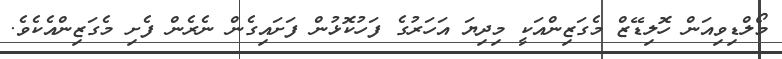
މޯލްޑިވިއަން ހޮލިޑޭޒް މެގަޒިންއަކީ މިދިޔަ އަހަރުގެ ފަހުކޮޅުން ފަށައިގެން ނެރެން ފެށި މެގަޒިންއެކެވެ.